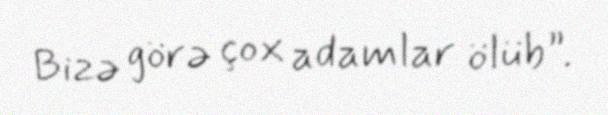
Bizə görə çox adamlar ölüb”.